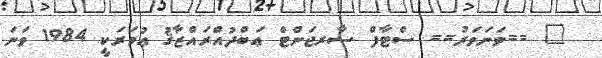
" ==ވަނަވަރު== ސްޓާފް ސާރޖަންޓް ޢަބްދުއްރައްޒާޤު ޢުމަރަކީ 1984 ވަނަ